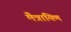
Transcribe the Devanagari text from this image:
मैत्रायिण